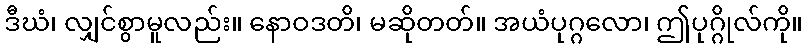
ဒီဃံ၊ လျှင်စွာမူလည်း။ နောဝဒတိ၊ မဆိုတတ်။ အယံပုဂ္ဂလော၊ ဤပုဂ္ဂိုလ်ကို။